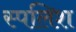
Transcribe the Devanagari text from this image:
स्पलिश